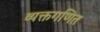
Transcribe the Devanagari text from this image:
व्यक्तगणित